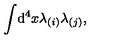
\int \! \mathrm { d } ^ { 4 } x \lambda _ { ( i ) } \lambda _ { ( j ) } ,